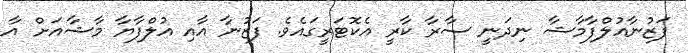
ފަޒުނާއުލްފާމާޝާ ނިދަނީ ސާރާ ކާރީ އެކޮޓަރީގައެވެ. ފަޒުނާ އާއި އުލްފާޔާ މާޝާއަށް އާ